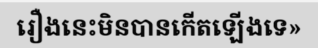
រឿងនេះមិនបានកើតឡើងទេ»